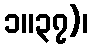
၁။၃၇)၊